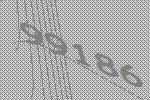
99186